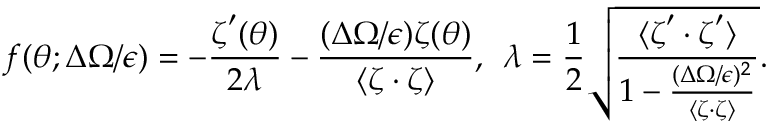
\boldsymbol { f } ( \theta ; \Delta \Omega / \epsilon ) = - \frac { \boldsymbol { \zeta } ^ { \prime } ( \theta ) } { 2 \lambda } - \frac { ( \Delta \Omega / \epsilon ) \boldsymbol { \zeta } ( \theta ) } { \langle \boldsymbol { \zeta } \cdot \boldsymbol { \zeta } \rangle } , \: \: \lambda = \frac { 1 } { 2 } \sqrt { \frac { \langle \boldsymbol { \zeta } ^ { \prime } \cdot \boldsymbol { \zeta } ^ { \prime } \rangle } { 1 - \frac { ( \Delta \Omega / \epsilon ) ^ { 2 } } { \langle \boldsymbol { \zeta } \cdot \boldsymbol { \zeta } \rangle } } } .